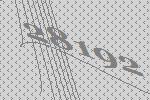
28192